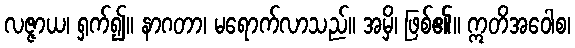
လဇ္ဇာယ၊ ရှက်၍။ နာဂတာ၊ မရောက်လာသည်။ အမှိ၊ ဖြစ်၏။ ဣတိအဝေါစ၊